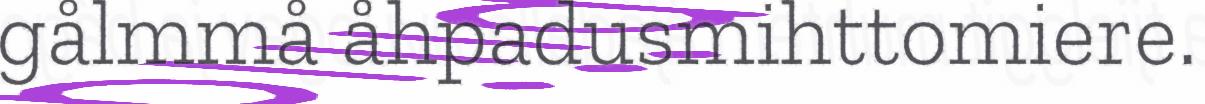
gålmmå åhpadusmihttomiere.